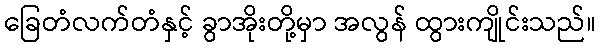
ခြေတံလက်တံနှင့် ခွာအိုးတို့မှာ အလွန် ထွားကျိုင်းသည်။